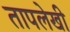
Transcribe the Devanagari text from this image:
तापलेखी